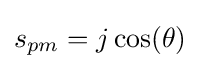
s_{pm}=j\cos(\theta )